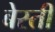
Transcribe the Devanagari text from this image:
बेस्ती